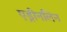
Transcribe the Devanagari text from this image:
एड्रीनलिन